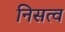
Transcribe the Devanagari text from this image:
निसत्व